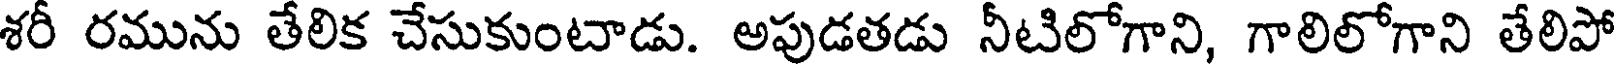
శరీ రమును తేలిక చేసుకుంటాడు. అపుడతడు నీటిలోగాని, గాలిలోగాని తేలిపో